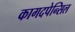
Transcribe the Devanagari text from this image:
कागदपेन्सिल